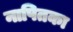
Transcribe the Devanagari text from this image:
नापितका